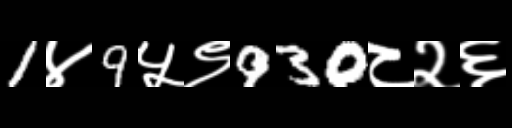
Text: 1४9५९930८२६